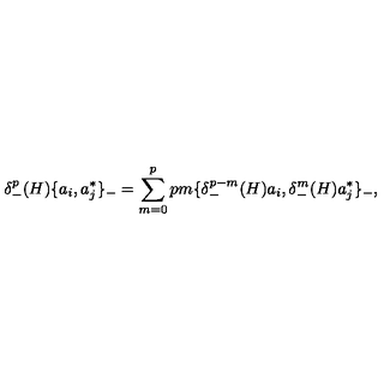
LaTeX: \delta _ { - } ^ { p } ( H ) \{ a _ { i } , a _ { j } ^ { * } \} _ { - } = \sum _ { m = 0 } ^ { p } { \binom { p } { m } } \{ \delta _ { - } ^ { p - m } ( H ) a _ { i } , \delta _ { - } ^ { m } ( H ) a _ { j } ^ { * } \} _ { - } ,